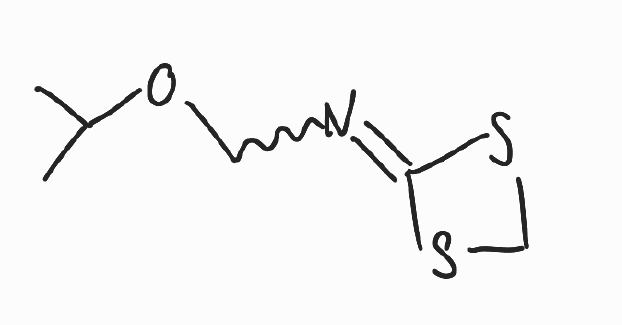
Simplified molecular-input line-entry system (SMILES) notation of the given molecule:
CC(C)OCN=C1SCS1